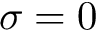
\sigma = 0